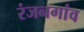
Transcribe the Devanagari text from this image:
रंजनगांव